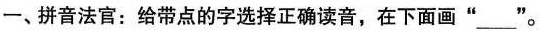
一、拼音法官：给带点的字选择正确读音，在下面画”___”。